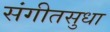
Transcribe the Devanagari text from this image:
संगीतसुधा